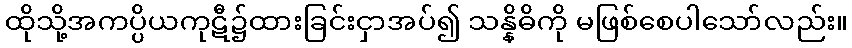
ထိုသို့အကပ္ပိယကုဋီ၌ထားခြင်းငှာအပ်၍ သန္နိဓိကို မဖြစ်စေပါသော်လည်း။